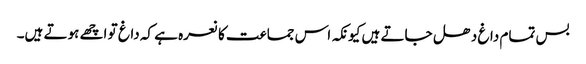
بس تمام داغ دھل جاتے ہیں کیونکہ اس جماعت کا نعرہ ہے کہ داغ تو اچھے ہوتے ہیں۔